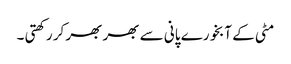
مٹی کے آبخورے پانی سے بھر بھر کر رکھتی ۔